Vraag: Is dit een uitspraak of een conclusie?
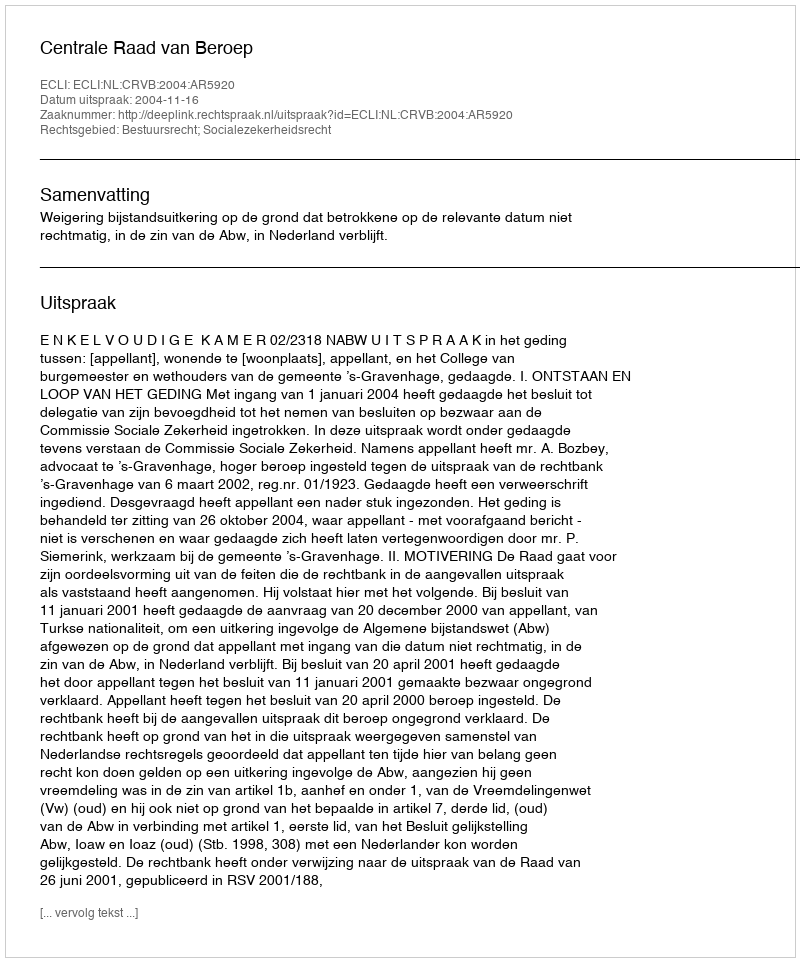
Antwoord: Uitspraak